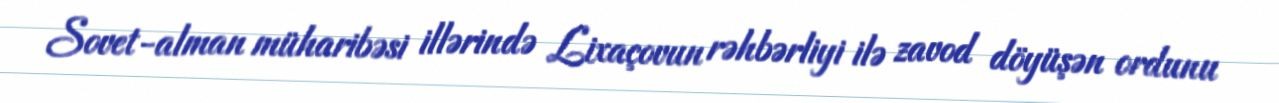
Sovet-alman müharibəsi illərində Lixaçovun rəhbərliyi ilə zavod döyüşən ordunu